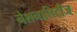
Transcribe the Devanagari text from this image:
नेशनालिटीज